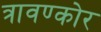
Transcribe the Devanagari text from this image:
त्रावण्कोर